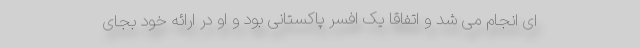
ای انجام می شد و اتفاقاً یک افسر پاکستانی بود و او در ارائه خود بجای